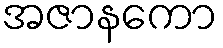
အဇာနကော